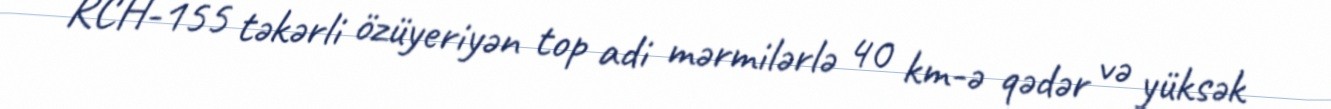
RCH-155 təkərli özüyeriyən top adi mərmilərlə 40 km-ə qədər və yüksək